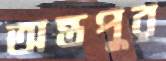
অন্তপুর